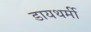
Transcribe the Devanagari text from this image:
डायथर्मी